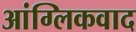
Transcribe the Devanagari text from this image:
आंग्लिकवाद